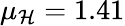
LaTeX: \mu_{\mathcal{H}}=1.41